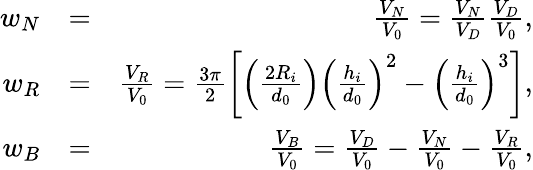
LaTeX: \begin{array}{rlr}{w_{N}}&{=}&{\frac{V_{N}}{V_{0}}=\frac{V_{N}}{V_{D}}\frac{V_{D}}{V_{0}},}\\ {w_{R}}&{=}&{\frac{V_{R}}{V_{0}}=\frac{3\pi}{2}\left[\left(\frac{2R_{i}}{d_{0}}\right)\left(\frac{h_{i}}{d_{0}}\right)^{2}-\left(\frac{h_{i}}{d_{0}}\right)^{3}\right],}\\ {w_{B}}&{=}&{\frac{V_{B}}{V_{0}}=\frac{V_{D}}{V_{0}}-\frac{V_{N}}{V_{0}}-\frac{V_{R}}{V_{0}},}\end{array}